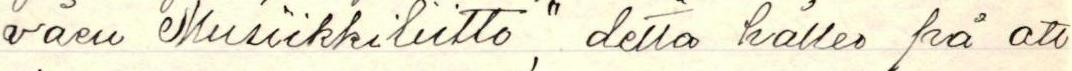
väen Musiikkiliitto", detta håller på att